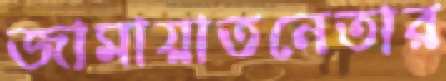
জামায়াতনেতার